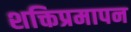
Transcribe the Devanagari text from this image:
शक्तिप्रमापन